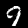
Digit: 9